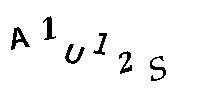
A1U12S